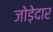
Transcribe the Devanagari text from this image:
जोड़ेदार